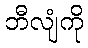
ဘီလျံကို